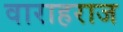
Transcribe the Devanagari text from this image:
वाराहराज